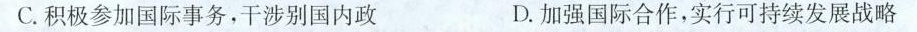
C.积极参加国际事务，干涉别国内政 D.加强国际合作，实行可持续发展战略